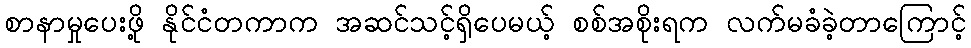
စာနာမှုပေးဖို့ နိုင်ငံတကာက အဆင်သင့်ရှိပေမယ့် စစ်အစိုးရက လက်မခံခဲ့တာကြောင့်